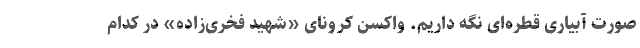
صورت آبیاری قطره‌ای نگه داریم. واکسن کرونای «شهید فخری‌زاده» در کدام